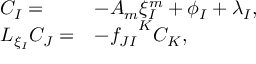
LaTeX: \begin{array} { l l } { { C _ { I } = } } & { { - A _ { m } \xi _ { I } ^ { m } + \phi _ { I } + \lambda _ { I } , } } \\ { { { \cal L } _ { \xi _ { I } } C _ { J } = } } & { { - { f _ { J I } } ^ { K } C _ { K } , } } \end{array}